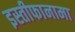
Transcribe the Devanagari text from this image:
इस्तीफानामा